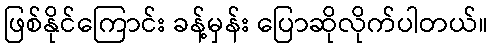
ဖြစ်နိုင်ကြောင်း ခန့်မှန်း ပြောဆိုလိုက်ပါတယ်။